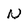
Character: N